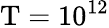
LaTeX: \mathrm{T}=10^{12}